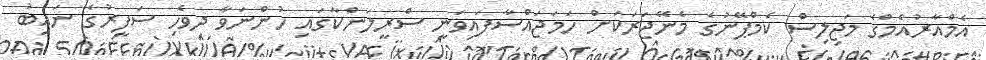
އެމްއާރުއެމްގެ މަޖިލިސް ކެމްޕޭނުގެ މެނޭޖަރަކަށް ހަމަޖައްސާފައިވަނީ ސްރީލަންކާގައި ހުންނަވާ ދިވެހި ސަފީރުގެ ނައިބު